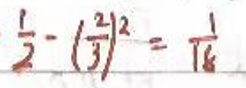
\(\frac{1}{2}-(\frac{2}{3})^2=\frac{1}{18}\)